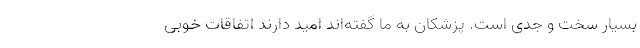
بسیار سخت و جدّی است. پزشکان به ما گفته‌اند امید دارند اتفاقات خوبی